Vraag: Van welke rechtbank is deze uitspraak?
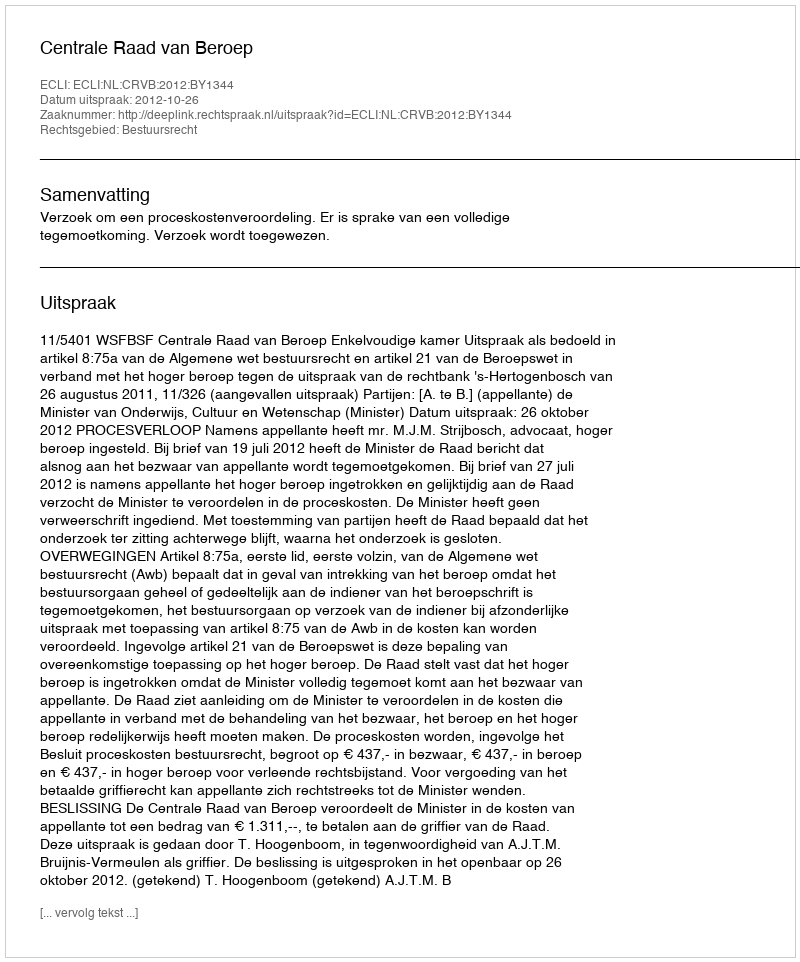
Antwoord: Centrale Raad van Beroep